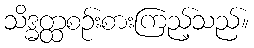
သိဒ္ဓတ္ထစဉ်းစားကြည့်သည်။